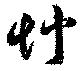
艸